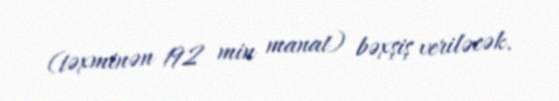
(təxminən 192 min manat) bəxşiş veriləcək.